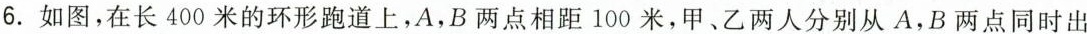
6.如图，在长400米的环形跑道上，A，B两点相距100米，甲、乙两人分别从A，B两点同时出